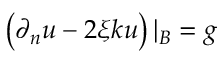
\left( \partial _ { n } u - 2 \xi { k } u \right) | _ { \cal B } = g